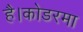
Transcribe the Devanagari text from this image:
है।कोडरमा